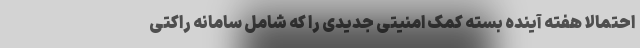
احتمالا هفته آینده بسته کمک امنیتی جدیدی را که شامل سامانه راکتی